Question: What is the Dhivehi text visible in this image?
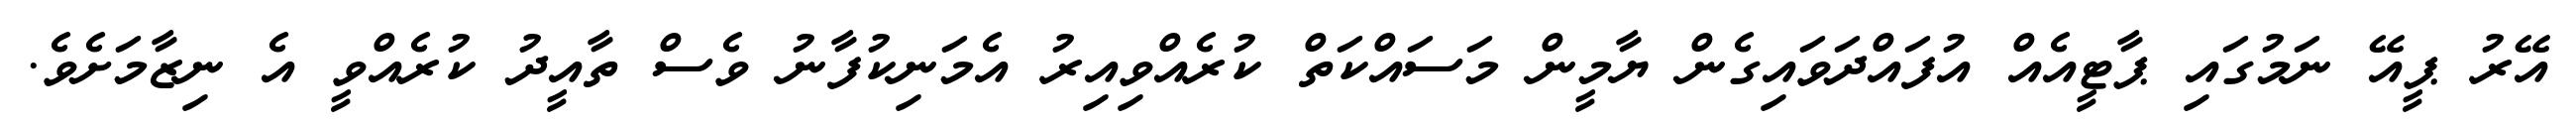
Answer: އޭރު ޕީއޭ ނަމުގައި ޕާޓީއެއް އުފައްދަވައިގެން ޔާމީން މަސައްކަތް ކުރެއްވިއިރު އެމަނިކުފާނު ވެސް ތާއީދު ކުރެއްވީ އެ ނިޒާމަށެވެ.